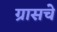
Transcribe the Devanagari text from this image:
ग्रासचे